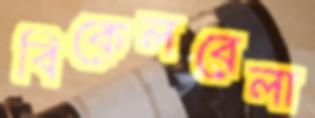
বিকেলবেলা